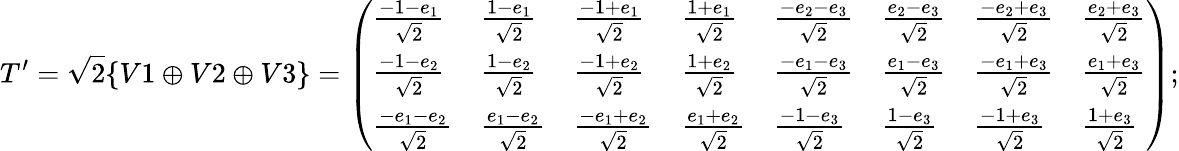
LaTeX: T^{\prime}={\sqrt{2}}\{ V1\oplus V2\oplus V3\} ={\left(\begin{array}{llllllll}{{\frac{-1-e_{1}}{\sqrt{2}}}}&{{\frac{1-e_{1}}{\sqrt{2}}}}&{{\frac{-1+e_{1}}{\sqrt{2}}}}&{{\frac{1+e_{1}}{\sqrt{2}}}}&{{\frac{-e_{2}-e_{3}}{\sqrt{2}}}}&{{\frac{e_{2}-e_{3}}{\sqrt{2}}}}&{{\frac{-e_{2}+e_{3}}{\sqrt{2}}}}&{{\frac{e_{2}+e_{3}}{\sqrt{2}}}}\\ {{\frac{-1-e_{2}}{\sqrt{2}}}}&{{\frac{1-e_{2}}{\sqrt{2}}}}&{{\frac{-1+e_{2}}{\sqrt{2}}}}&{{\frac{1+e_{2}}{\sqrt{2}}}}&{{\frac{-e_{1}-e_{3}}{\sqrt{2}}}}&{{\frac{e_{1}-e_{3}}{\sqrt{2}}}}&{{\frac{-e_{1}+e_{3}}{\sqrt{2}}}}&{{\frac{e_{1}+e_{3}}{\sqrt{2}}}}\\ {{\frac{-e_{1}-e_{2}}{\sqrt{2}}}}&{{\frac{e_{1}-e_{2}}{\sqrt{2}}}}&{{\frac{-e_{1}+e_{2}}{\sqrt{2}}}}&{{\frac{e_{1}+e_{2}}{\sqrt{2}}}}&{{\frac{-1-e_{3}}{\sqrt{2}}}}&{{\frac{1-e_{3}}{\sqrt{2}}}}&{{\frac{-1+e_{3}}{\sqrt{2}}}}&{{\frac{1+e_{3}}{\sqrt{2}}}}\end{array}\right)};